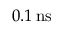
0 . 1 \, \mathrm { n s }